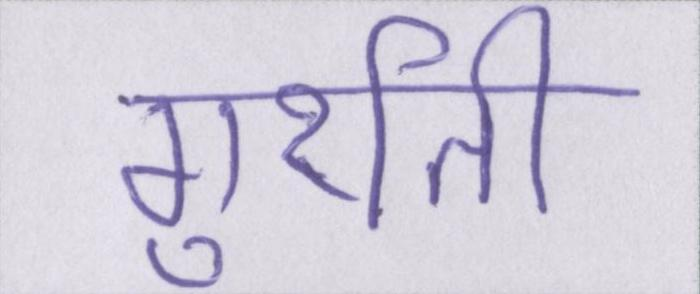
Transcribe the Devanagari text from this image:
गुर्राती